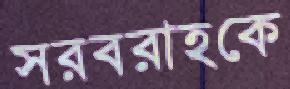
সরবরাহকে